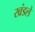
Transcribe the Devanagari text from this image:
खंडले